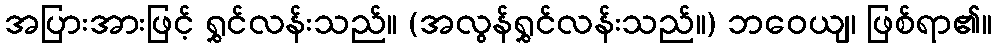
အပြားအားဖြင့် ရွှင်လန်းသည်။ (အလွန်ရွှင်လန်းသည်။) ဘဝေယျ၊ ဖြစ်ရာ၏။